Annual vaccination report of Bihar and Orissa - 1911-1928
Year: 1911
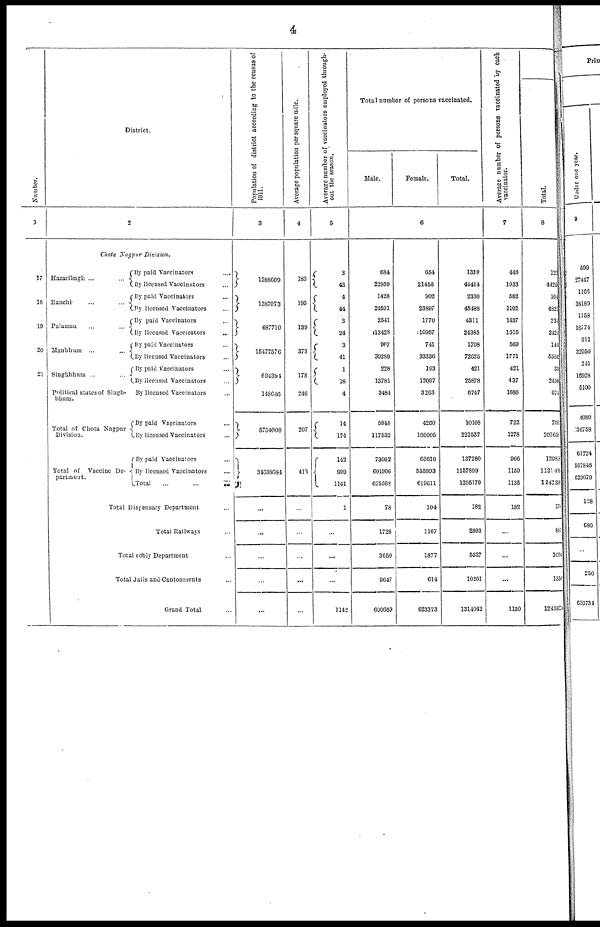
4
Number.
1
17
18
19
20
21
District.
2
Chota Nagpur
Division.
Hazaribagh ...
...
Ranchi
...
...
Palamau
...
...
Manbhum ...
...
Singhbhum ...
...
Political states of Singh-
bhum.
Total of Chota Nagpur
Division.
Total of Vaccine De¬
partment.
By paid Vaccinators ....
By licensed Vaccinators ...
By paid Vaccinators ...
By licensed Vaccinators ...
By paid Vaccinators ...
By licensed Vaccieators ...
By paid Vaccinators ...
By licensed Vaccinators ...
By paid Vaccinators ...
By licensed Vaccinators ...
By licensed Vaccinators
By paid Vaccinators ...
By licensed Vaccinators ...
By paid Vaccinators ...
By licensed Vaccinators ...
Total
...
...
...
Total Dispensary Department ...
Total Railways ...
Total cooly Department ...
Total Jails and Cantonments ...
Grand Total ...
Population of district according to the census of
1911.
3
1288609
1387073
687710
15477576
694394
148646
5754008
34638684
...
...
...
...
...
Average population per square mile.
4
183
195
139
373
178
246
207
413
...
...
...
...
...
Average number of vaccinators employed through-
out the season.
5
3
43
4
44
3
24
3
41
1
18
4
14
174
143
999
1141
1
...
...
...
1142
Total number of persons vaccinated.
Male.
Female.
Total.
6
684
22959
1428
24591
2541
13428
967
39289
228
13781
3484
5848
117532
73662
601906
675568
78
1726
3650
9647
690669
654
21455
902
23807
1770
10957
741
33336
193
12097
3263
4260
105005
63616
555993
619611
104
1167
1877
614
623373
1338
44414
2330
48488
4311
24385
1708
72625
421
25878
6747
10108
222537
137280
1157899
1295179
182
2893
5527
10261
1314042
Average number of persons vaccinated by each
vaccinator.
7
446
1033
582
1102
1437
1016
569
1771
421
437
1686
722
1278
966
1159
1135
182
...
...
...
1150
Total.
8
123
4425
164
4821
234
2424
144
5564
33
2436
674
701
20365
120818
1121498
1242315
175
888
1094
1356
1245824